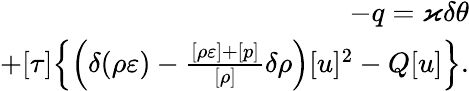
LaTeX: \begin{array}{r}{-q=\varkappa\delta\theta}\\ {+[\tau]\Big\{ \Big(\delta(\rho\varepsilon)-\frac{[\rho\varepsilon]+[p]}{[\rho]}\delta\rho\Big)[u]^{2}-Q[u]\Big\} .}\end{array}